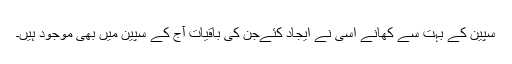
سپین کے بہت سے کھانے اُسی نے اِیجاد کئےجن کی باقیات آج کے سپین میں بھی موجود ہیں۔